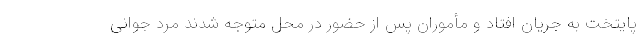
پایتخت به جریان افتاد و مأموران پس از حضور در محل متوجه شدند مرد جوانی